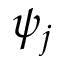
\psi _ { j }